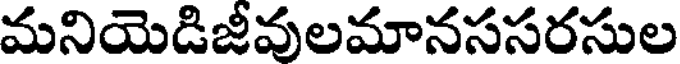
మనియెడిజీవులమానససరసుల